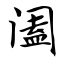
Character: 阖